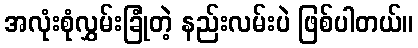
အလုံးစုံလွှမ်းခြုံတဲ့ နည်းလမ်းပဲ ဖြစ်ပါတယ်။